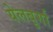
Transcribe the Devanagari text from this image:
येलबुर्गा